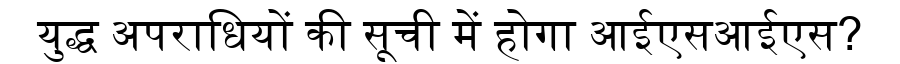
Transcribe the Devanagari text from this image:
युद्ध अपराधियों की सूची में होगा आईएसआईएस?